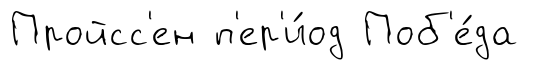
Пройсс'ен п'ер'и́од Поб'е́да